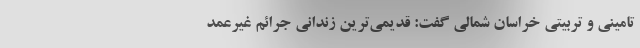
تامینی و تربیتی خراسان شمالی گفت: قدیمی‌ترین زندانی جرائم غیرعمد